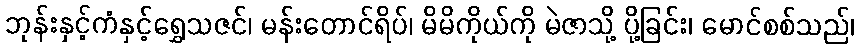
ဘုန်းနှင့်ကံနှင့်ရွှေသဇင်၊ မန်းတောင်ရိပ်၊ မိမိကိုယ်ကို မဲဇာသို့ ပို့ခြင်း၊ မောင်စစ်သည်၊